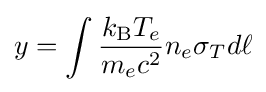
y=\int {\frac {k_{\rm {B}}T_{e}}{m_{e}c^{2}}}n_{e}\sigma _{T}d\ell